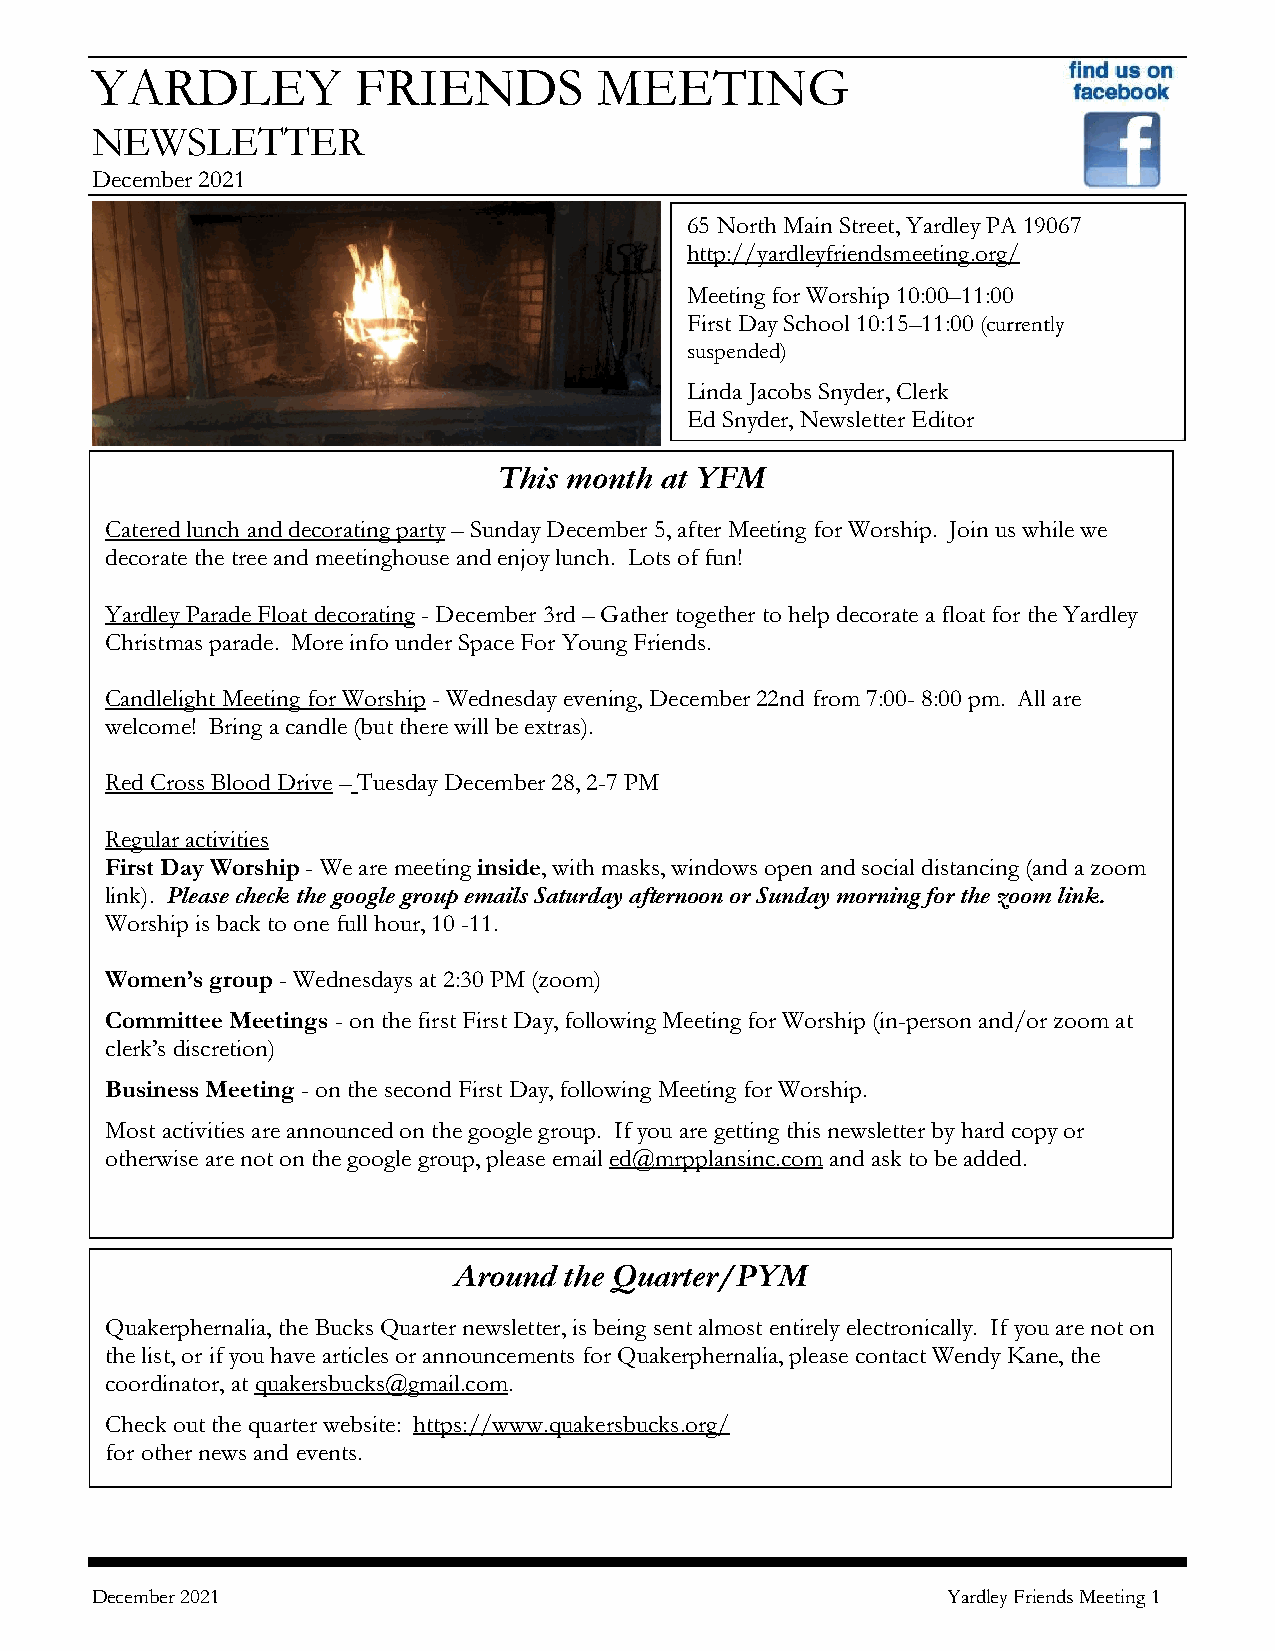
YARDLEY          FRIENDS          MEETING
 NEWSLETTER
 December 2021
 65 North Main Street, Yardley PA 19067
 http://yardleyfriendsmeeting.org/
 Meeting for Worship 10:00–11:00
 First Day School 10:15–11:00 (currently
 suspended)
 Linda Jacobs Snyder, Clerk
 Ed Snyder, Newsletter Editor
 This month at YFM
 Catered lunch and decorating party – Sunday December 5, after Meeting for Worship. Join us while we
 decorate the tree and meetinghouse and enjoy lunch. Lots of fun!
 Yardley Parade Float decorating - December 3rd – Gather together to help decorate a float for the Yardley
 Christmas parade. More info under Space For Young Friends.
 Candlelight Meeting for Worship - Wednesday evening, December 22nd from 7:00- 8:00 pm. All are
 welcome! Bring a candle (but there will be extras).
 Red Cross Blood Drive – Tuesday December 28, 2-7 PM
 Regular activities
 First Day Worship - We are meeting inside, with masks, windows open and social distancing (and a zoom
 link). Please check the google group emails Saturday afternoon or Sunday morning for the zoom link.
 Worship is back to one full hour, 10 -11.
 Women’s group - Wednesdays at 2:30 PM (zoom)
 Committee Meetings - on the first First Day, following Meeting for Worship (in-person and/or zoom at
 clerk’s discretion)
 Business Meeting - on the second First Day, following Meeting for Worship.
 Most activities are announced on the google group. If you are getting this newsletter by hard copy or
 otherwise are not on the google group, please email ed@mrpplansinc.com and ask to be added.
 Around the Quarter/PYM
 Quakerphernalia, the Bucks Quarter newsletter, is being sent almost entirely electronically. If you are not on
 the list, or if you have articles or announcements for Quakerphernalia, please contact Wendy Kane, the
 coordinator, at quakersbucks@gmail.com.
 Check out the quarter website: https://www.quakersbucks.org/
 for other news and events.
 December 2021                                            Yardley Friends Meeting 1